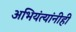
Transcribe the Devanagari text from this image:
अभियंत्यांनीही